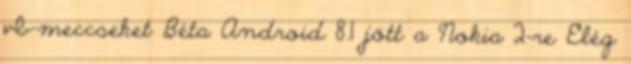
vb-meccseket Béta Android 8.1 jött a Nokia 2-re Elég